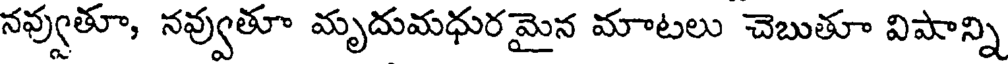
నవ్వుతూ, నవ్వుతూ మృదుమధురమైన మాటలు చెబుతూ విషాన్ని